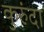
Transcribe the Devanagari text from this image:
कुरुंदा